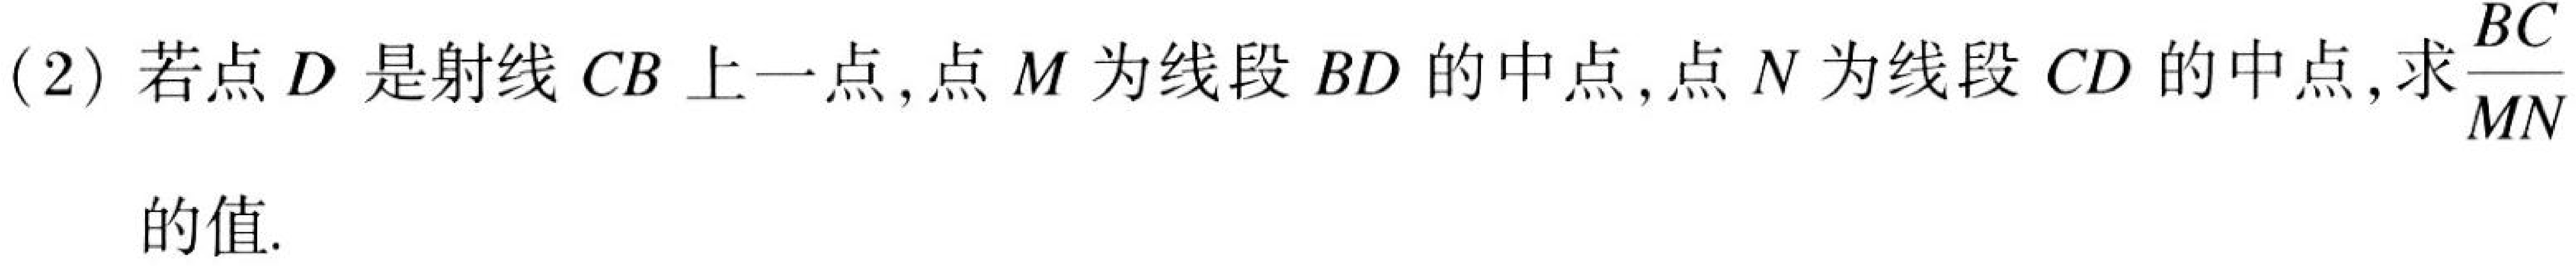
(2) 若点 \(D\) 是射线 \(CB\) 上一点, 点 \(M\) 为线段 \(BD\) 的中点, 点 \(N\) 为线段 \(CD\) 的中点, 求\(\frac{BC}{MN}\)的值.